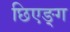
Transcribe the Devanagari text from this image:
छिएङ्ग